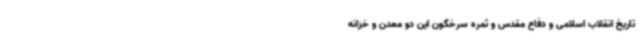
تاریخ انقلاب اسلامی و دفاع مقدس و ثمره سرخگون این دو معدن و خزانه